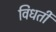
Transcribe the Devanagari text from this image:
विधर्ती